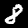
Digit: 8